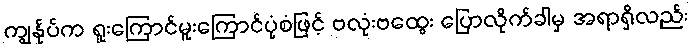
ကျွန်ုပ်က ရူးကြောင်မူးကြောင်ပုံစံဖြင့် ဗလုံးဗထွေး ပြောလိုက်ခါမှ အရာရှိလည်း